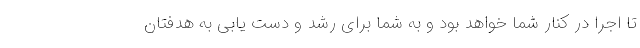
تا اجرا در کنار شما خواهد بود و به شما برای رشد و دست یابی به هدفتان